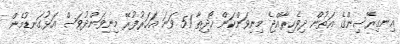
އިނގިރޭސިންގެ އަތުން ދިވެހިރާއްޖެ މިނިވަންކަން ހޯދިތާ 51 ވަނަ އަހަރުފުރޭ މިނިވަންދުވަސް އަޅުގަނޑުމެން